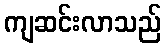
ကျဆင်းလာသည်